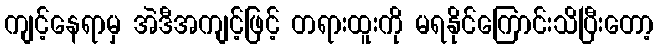
ကျင့်နေရာမှ အဲဒီအကျင့်ဖြင့် တရားထူးကို မရနိုင်ကြောင်းသိပြီးတော့